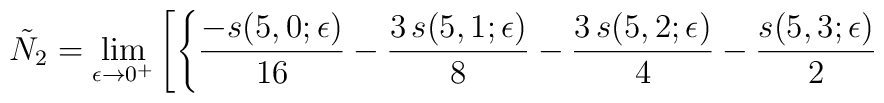
\tilde{N}_2= \lim_{\epsilon \rightarrow 0^+}\left[ \left\{{{-s(5,0;\epsilon)}\over {16}} -   {{3\,s(5,1;\epsilon)}\over 8} -   {{3\,s(5,2;\epsilon)}\over 4} -   {{s(5,3;\epsilon)}\over 2} \right. \right.